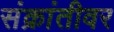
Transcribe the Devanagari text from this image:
संक्रांतीवर